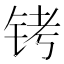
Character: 铐